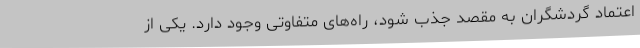
اعتماد گردشگران به مقصد جذب شود، راه‌های متفاوتی وجود دارد. یکی از